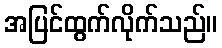
အပြင်ထွက်လိုက်သည်။